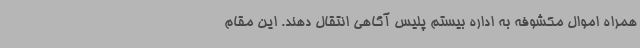
همراه اموال مکشوفه به اداره بیستم پلیس آگاهی انتقال دهند. این مقام